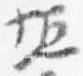
垣